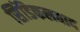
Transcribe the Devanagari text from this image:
सिंडिकलवाद